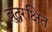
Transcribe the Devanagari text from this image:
बुद्धरक्षित